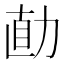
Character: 𱐱